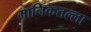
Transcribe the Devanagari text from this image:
मानिकतल्ला